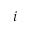
i